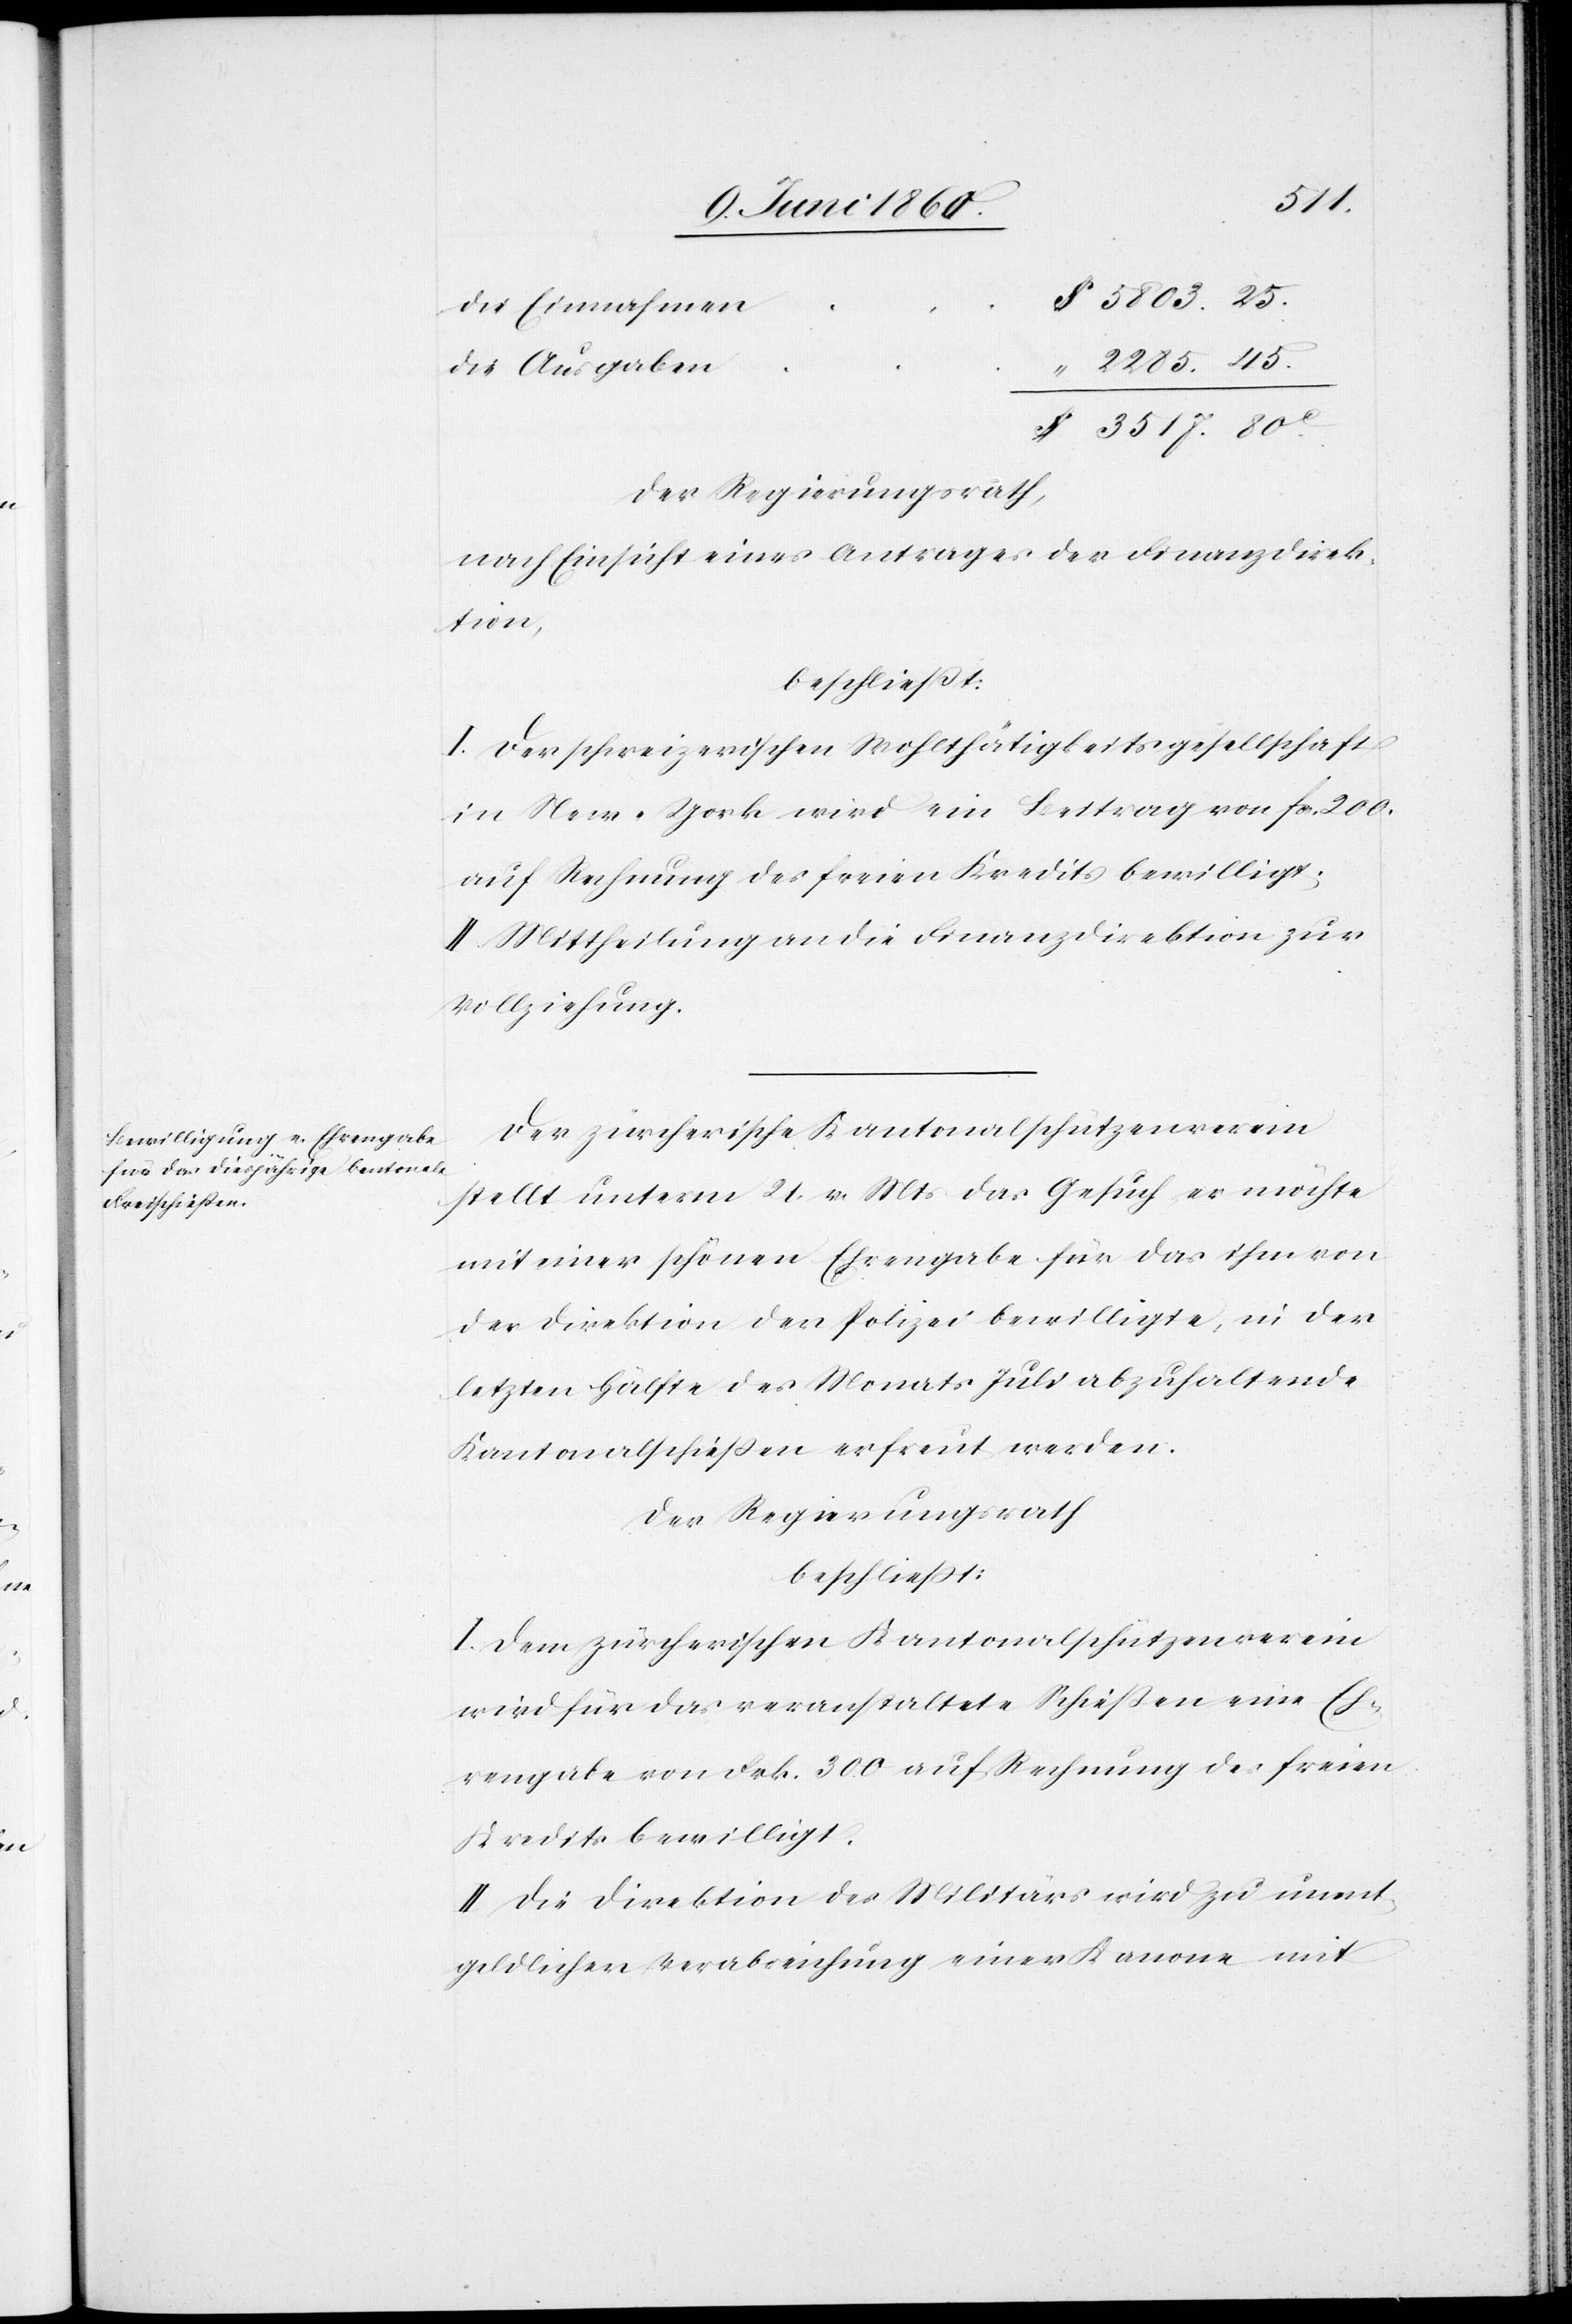
3517.
Die Einnahmen
Die Ausgaben
Der Regierungsrath,
nach Einsicht eines Antrages der Finanzdirek¬
tion,
beschliesst:
I. Der schweizerischen Wohlthätigkeitsgesellschaft
in New-York wird ein Beitrag von fcs. 200.
auf Rechnung des freien Kredites bewilligt;
II. Mittheilung an die Finanzdirektion zur
Vollziehung.
Der zürcherische Kantonalschützenverein
stellt unterm 21. v. Mts. das Gesuch er möchte
mit einer schönen Ehrengabe für das ihm von
der Direktion der Polizei bewilligte, in der
letzten Hälfte des Monats Juli abzuhaltende
Kantonalschiessen erfreut werden.
Der Regierungsrath
beschliesst:
I. Dem zürcherischen Kantonalschützenverein
wird für das veranstaltete Schießen eine Eh¬
rengabe von Frk. 300 auf Rechnung des freien
Kredits bewilligt.
II. Die Direktion des Militärs wird zu unent¬
geldlichen Verabreichung einer Kanone mit